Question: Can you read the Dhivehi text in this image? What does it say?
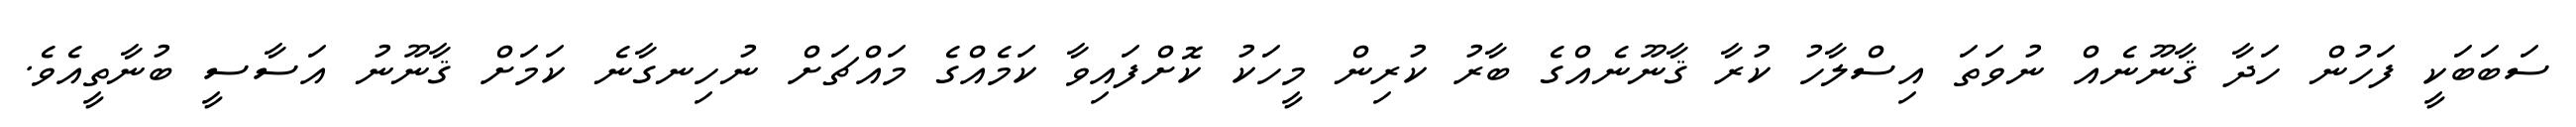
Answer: ސަބަބަކީ ފަހުން ހަދާ ޤާނޫނެއް ނުވަތަ އިސްލާހު ކުރާ ޤާނޫނެއްގެ ބާރު ކުރިން މީހަކު ކޮށްފައިވާ ކަމެއްގެ މައްޗަށް ނުހިނގާނެ ކަމަށް ޤާނޫނު އަސާސީ ބުނާތީއެވެ.